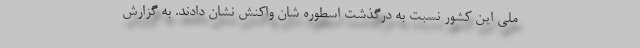
ملی این کشور نسبت به درگذشت اسطوره شان واکنش نشان دادند. به گزارش